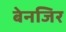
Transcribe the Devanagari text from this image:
बेनजिर